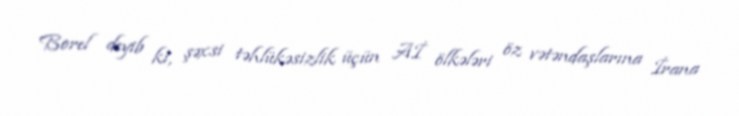
Borel deyib ki, şəxsi təhlükəsizlik üçün Aİ ölkələri öz vətəndaşlarına İrana